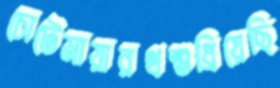
চোটেমায়ারথশুধ্‌রিয়েছি